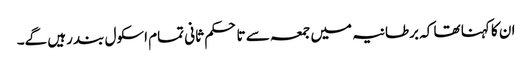
ان کا کہنا تھا کہ برطانیہ میں جمعہ سے تا حکم ثانی تمام اسکول بند رہیں گے۔